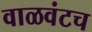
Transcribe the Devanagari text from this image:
वाळवंटच